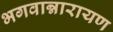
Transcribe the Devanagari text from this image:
भगवान्नारायण